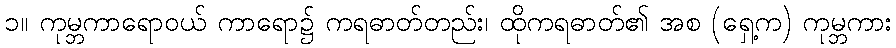
၁။ ကုမ္ဘကာရောဝယ် ကာရော၌ ကရဓာတ်တည်း၊ ထိုကရဓာတ်၏ အစ (ရှေ့က) ကုမ္ဘကား